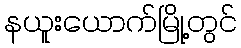
နယူးယောက်မြို့တွင်